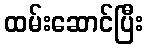
ထမ်းဆောင်ပြီး